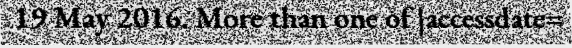
19 May 2016. More than one of |accessdate=